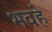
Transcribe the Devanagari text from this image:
भवहे